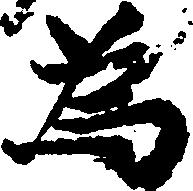
為